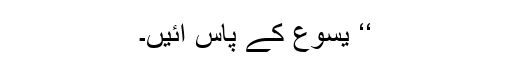
‘‘ یسوع کے پاس آئیں۔